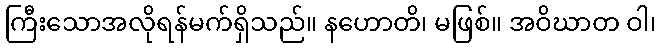
ကြီးသောအလိုရန်မက်ရှိသည်။ နဟောတိ၊ မဖြစ်။ အဝိဃာတ ဝါ၊